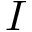
I